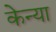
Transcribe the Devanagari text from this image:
केन्‍या